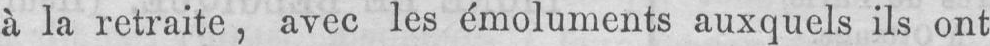
à la retraite, avec les émoluments auxquels ils ont